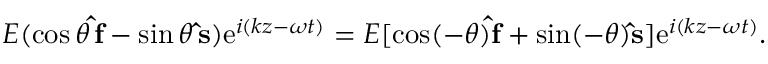
E ( \cos \theta \, \mathbf { \hat { f } } - \sin \theta \, \mathbf { \hat { s } } ) \mathrm { e } ^ { i ( k z - \omega t ) } = E [ \cos ( - \theta ) \mathbf { \hat { f } } + \sin ( - \theta ) \mathbf { \hat { s } } ] \mathrm { e } ^ { i ( k z - \omega t ) } .